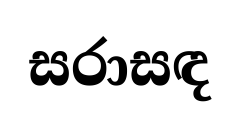
සරාසඳ